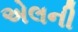
એલની